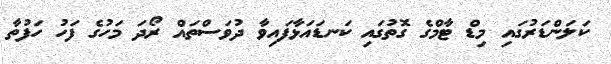
ކަލަންޑަރުގައި މިޑް ޓާމްގެ ގޮތުގައި ކަނޑައަޅާފައިވާ ދުވަސްތައް ރޯދަ މަހުގެ ފަހު ހަފުތާ